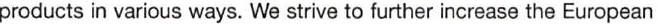
products in various ways. We strive to further increase the European